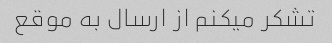
تشکر میکنم از ارسال به موقع